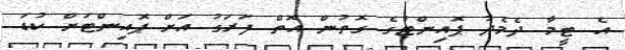
އެ ޓީމާ ދެމެދު ޕޮއިންޓުގެ ގޮތުން އޮތް ފަރަގު އަށް ޕޮއިންޓަށް ކުޑަ